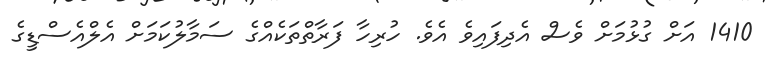
1410 އަށް ގުޅުމަށް ވެސް އެދިފައިވެ އެވެ. ހުރިހާ ފަރާތްތަކެއްގެ ސަމާލުކަމަށް އެލްއެސްޑީގެ